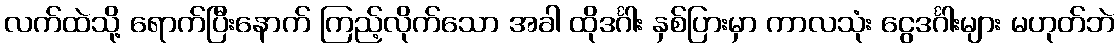
လက်ထဲသို့ ရောက်ပြီးနောက် ကြည့်လိုက်သော အခါ ထိုဒင်္ဂါး နှစ်ပြားမှာ ကာလသုံး ငွေဒင်္ဂါးများ မဟုတ်ဘဲ